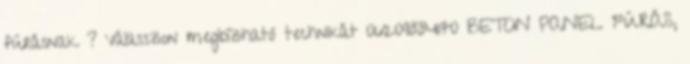
fúrásnak ? Válasszon megbízható technikát 06209884170 BETON PANEL FÚRÁS,